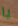
يا